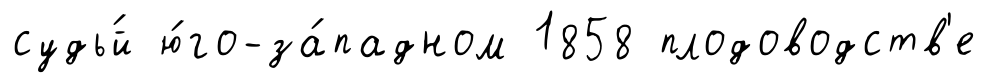
судь́й ю́го-за́падном 1858 плодоводств'е